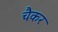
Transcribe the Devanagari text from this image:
चैकर